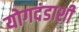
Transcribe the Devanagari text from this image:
योगदंडाशी